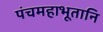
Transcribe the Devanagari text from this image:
पंचमहाभूतानि